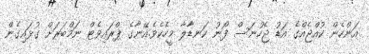
އަންހެން ކުއްޖެއްގެ އަޑު ޖެހުނަސް ފޯނު ކަނޑާާލާ މީހެކެވެ.އޭނާގެ ޕްރައިވެޓް ނަމްބަރަށް ގުޅައިގެން